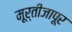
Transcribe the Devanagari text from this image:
मूर्तीजापूर